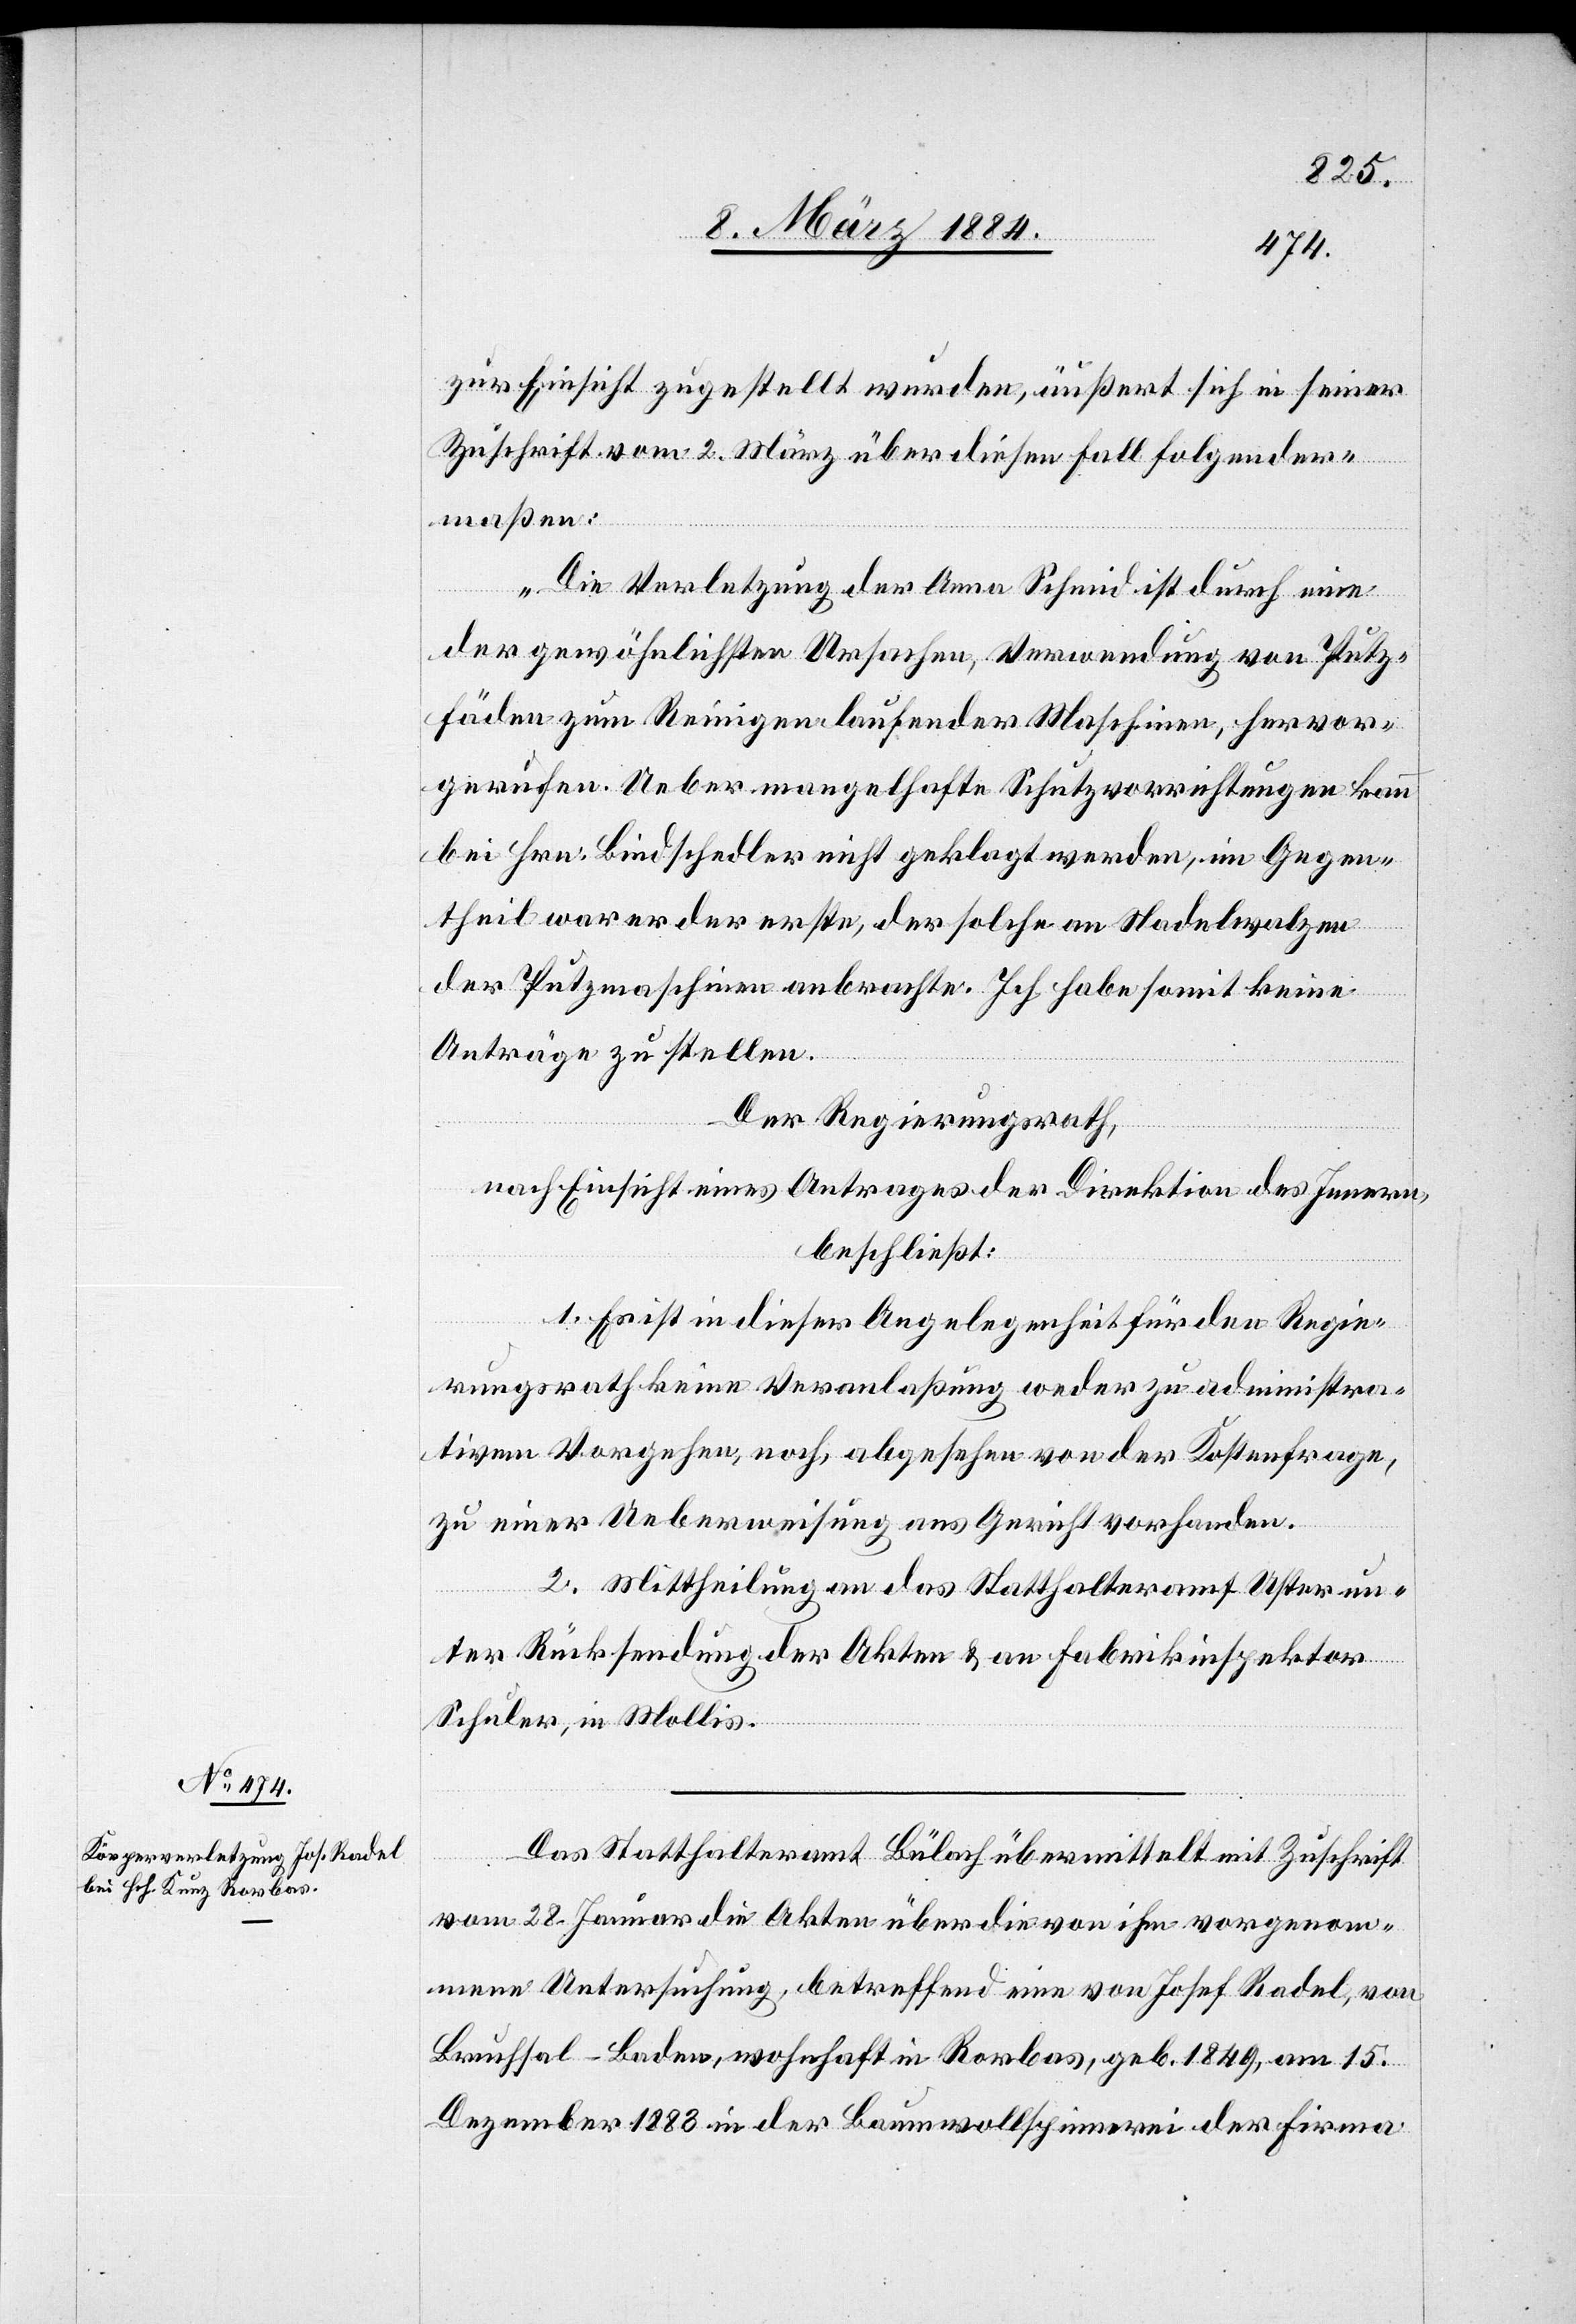
zur Einsicht zugestellt wurden, äußert sich in seiner
Zuschrift vom 2. März über diesen Fall folgender¬
maßen:
„Die Verletzung der Anna Schmid ist durch eine
der gewöhnlichsten Ursachen, Verwendung von Putz¬
fäden zum Reinigen laufender Maschinen, hervor¬
gerufen. Ueber mangelhafte Schutzvorrichtungen kann
bei Hrn. Bindschelder nicht geklagt werden, im Gegen¬
theil war er der erste, der solche an Nadelwalzen
der Putzmaschine anbrachte. Ich habe somit keine
Anträge zu stellen.“
Der Regierungsrath,
nach Einsicht eines Antrages der Direktion des Innern,
beschließt:
1. Es ist in dieser Angelegenheit für den Regie¬
rungsrath keine Veranlaßung weder zu administra¬
tivem Vorgehen, noch, abgesehen von der Kostenfrage,
zu einer Ueberweisung ans Gericht vorhanden.
2. Mittheilung an das Statthalteramt Uster un¬
ter Rücksendung der Akten & an Fabrikinspektor
Schuler, in Mollis.
Das Statthalteramt Bülach übermittelt mit Zuschrift
vom 28. Januar die Akten über die von ihm vorgenom¬
mene Untersuchung, betreffend eine von Josef Radel, von
Bruchsal - Baden, wohnhaft in Rorbas, geb. 1849, am 15.
Dezember 1883 in der Baumwollspinnerei der Firma